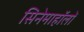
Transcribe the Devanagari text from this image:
सिनेमाहॉलों